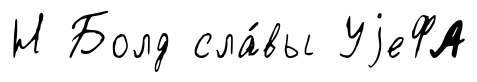
Н Болд сла́вы УjеФА